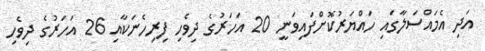
އަދި އެމައްސަލާގައި ހައްޔަރުކޮށްފައިވަނީ 20 އަހަރުގެ ދިވެހި ފިރިހެނަކާއި 26 އަހަރުގެ ދިވެހި